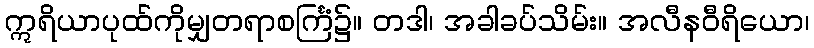
ဣရိယာပုထ်ကိုမျှတရာစင်္ကြံ၌။ တဒါ၊ အခါခပ်သိမ်း။ အလီနဝီရိယော၊